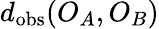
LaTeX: d_{\mathrm{obs}}(O_{A},O_{B})